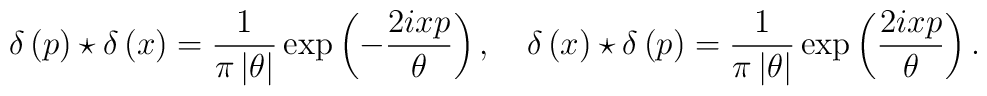
\delta \left( p\right) \star \delta \left( x\right) =\frac{1}{\pi \left|\theta \right| }\exp \left( -\frac{2ixp}{\theta }\right) ,\quad \delta\left( x\right) \star \delta \left( p\right) =\frac{1}{\pi \left| \theta\right| }\exp \left( \frac{2ixp}{\theta }\right) .